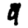
Digit: 9